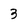
Character: 3